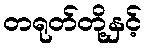
တရုတ်တို့နှင့်